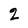
Character: 2